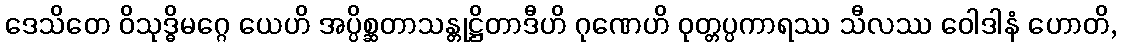
ဒေသိတေ ဝိသုဒ္ဓိမဂ္ဂေ ယေဟိ အပ္ပိစ္ဆတာသန္တုဋ္ဌိတာဒီဟိ ဂုဏေဟိ ဝုတ္တပ္ပကာရဿ သီလဿ ဝေါဒါနံ ဟောတိ,